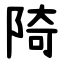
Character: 陭